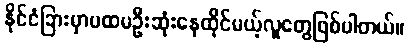
နိုင်ငံခြားမှာပထမဦးဆုံးနေထိုင်မယ့်လူတွေဖြစ်ပါတယ်။